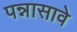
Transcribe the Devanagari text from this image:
पन्नासावे